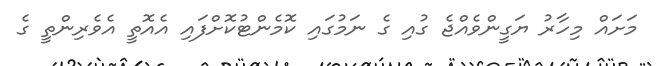
މަށައް މިހާރު ޔަގީންވެއްޖެ ގުއި ގެ ނަމުގައި ކޮމެންޓުކޮށްފައި އެއޮތީ އެވެރިންތީ ގެ